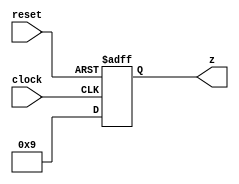
module Test(
  input        clock,
  input        reset,
  output [3:0] z
);
`ifdef RANDOMIZE_REG_INIT
  reg [31:0] _RAND_0;
`endif // RANDOMIZE_REG_INIT
  reg [3:0] r;
  assign z = r;
  always @(posedge clock or posedge reset) begin
    if (reset) begin
      r <= 4'hc;
    end else begin
      r <= 4'h9;
    end
  end
// Register and memory initialization
`ifdef RANDOMIZE_GARBAGE_ASSIGN
`define RANDOMIZE
`endif
`ifdef RANDOMIZE_INVALID_ASSIGN
`define RANDOMIZE
`endif
`ifdef RANDOMIZE_REG_INIT
`define RANDOMIZE
`endif
`ifdef RANDOMIZE_MEM_INIT
`define RANDOMIZE
`endif
`ifndef RANDOM
`define RANDOM $random
`endif
`ifdef RANDOMIZE_MEM_INIT
  integer initvar;
`endif
`ifndef SYNTHESIS
`ifdef FIRRTL_BEFORE_INITIAL
`FIRRTL_BEFORE_INITIAL
`endif
initial begin
  `ifdef RANDOMIZE
    `ifdef INIT_RANDOM
      `INIT_RANDOM
    `endif
    `ifndef VERILATOR
      `ifdef RANDOMIZE_DELAY
        #`RANDOMIZE_DELAY begin end
      `else
        #0.002 begin end
      `endif
    `endif
`ifdef RANDOMIZE_REG_INIT
  _RAND_0 = {1{`RANDOM}};
  r = _RAND_0[3:0];
`endif // RANDOMIZE_REG_INIT
  if (reset) begin
    r = 4'hc;
  end
  `endif // RANDOMIZE
end // initial
`ifdef FIRRTL_AFTER_INITIAL
`FIRRTL_AFTER_INITIAL
`endif
`endif // SYNTHESIS
endmodule
module PresetTester(
  input   clock,
  input   reset
);
`ifdef RANDOMIZE_REG_INIT
  reg [31:0] _RAND_0;
  reg [31:0] _RAND_1;
  reg [31:0] _RAND_2;
`endif // RANDOMIZE_REG_INIT
  wire  i_clock;
  wire  i_reset;
  wire [3:0] i_z;
  reg [1:0] div;
  reg  slowClkReg;
  reg [3:0] counter;
  wire [4:0] z = {{1'd0}, i_z};
  Test i (
    .clock(i_clock),
    .reset(i_reset),
    .z(i_z)
  );
  assign i_clock = slowClkReg;
  assign i_reset = 1'h0;
  always @(posedge clock) begin
    if (reset) begin
      div <= 2'h0;
    end else begin
      div <= div + 2'h1;
    end
    if (reset) begin
      slowClkReg <= 1'h0;
    end else begin
      slowClkReg <= div == 2'h0;
    end
    if (reset) begin
      counter <= 4'h0;
    end else begin
      counter <= counter + 4'h1;
    end
    `ifndef SYNTHESIS
    `ifdef PRINTF_COND
      if (`PRINTF_COND) begin
    `endif
        if (counter == 4'h0 & z != 5'hc) begin
          $fwrite(32'h80000002,"Assertion 1 failed! z=%d \n",z);
        end
    `ifdef PRINTF_COND
      end
    `endif
    `endif // SYNTHESIS
    `ifndef SYNTHESIS
    `ifdef STOP_COND
      if (`STOP_COND) begin
    `endif
        if (counter == 4'h0 & z != 5'hc) begin
          $fatal;
        end
    `ifdef STOP_COND
      end
    `endif
    `endif // SYNTHESIS
    `ifndef SYNTHESIS
    `ifdef PRINTF_COND
      if (`PRINTF_COND) begin
    `endif
        if (counter == 4'h1 & z != 5'h9) begin
          $fwrite(32'h80000002,"Assertion 2 failed! z=%d \n",z);
        end
    `ifdef PRINTF_COND
      end
    `endif
    `endif // SYNTHESIS
    `ifndef SYNTHESIS
    `ifdef STOP_COND
      if (`STOP_COND) begin
    `endif
        if (counter == 4'h1 & z != 5'h9) begin
          $fatal;
        end
    `ifdef STOP_COND
      end
    `endif
    `endif // SYNTHESIS
    `ifndef SYNTHESIS
    `ifdef STOP_COND
      if (`STOP_COND) begin
    `endif
        if (counter == 4'h3) begin
          $finish;
        end
    `ifdef STOP_COND
      end
    `endif
    `endif // SYNTHESIS
  end
// Register and memory initialization
`ifdef RANDOMIZE_GARBAGE_ASSIGN
`define RANDOMIZE
`endif
`ifdef RANDOMIZE_INVALID_ASSIGN
`define RANDOMIZE
`endif
`ifdef RANDOMIZE_REG_INIT
`define RANDOMIZE
`endif
`ifdef RANDOMIZE_MEM_INIT
`define RANDOMIZE
`endif
`ifndef RANDOM
`define RANDOM $random
`endif
`ifdef RANDOMIZE_MEM_INIT
  integer initvar;
`endif
`ifndef SYNTHESIS
`ifdef FIRRTL_BEFORE_INITIAL
`FIRRTL_BEFORE_INITIAL
`endif
initial begin
  `ifdef RANDOMIZE
    `ifdef INIT_RANDOM
      `INIT_RANDOM
    `endif
    `ifndef VERILATOR
      `ifdef RANDOMIZE_DELAY
        #`RANDOMIZE_DELAY begin end
      `else
        #0.002 begin end
      `endif
    `endif
`ifdef RANDOMIZE_REG_INIT
  _RAND_0 = {1{`RANDOM}};
  div = _RAND_0[1:0];
  _RAND_1 = {1{`RANDOM}};
  slowClkReg = _RAND_1[0:0];
  _RAND_2 = {1{`RANDOM}};
  counter = _RAND_2[3:0];
`endif // RANDOMIZE_REG_INIT
  `endif // RANDOMIZE
end // initial
`ifdef FIRRTL_AFTER_INITIAL
`FIRRTL_AFTER_INITIAL
`endif
`endif // SYNTHESIS
endmodule